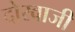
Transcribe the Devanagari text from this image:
दोरवाजी